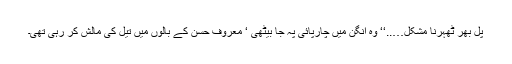
پل بھر ٹھہرنا مشکل…..‘‘ وہ آنگن میں چارپائی پہ جا بیٹھی ‘ معروف حسن کے بالوں میں تیل کی مالش کر رہی تھی۔